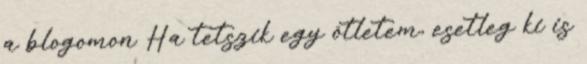
a blogomon Ha tetszik egy ötletem, esetleg ki is